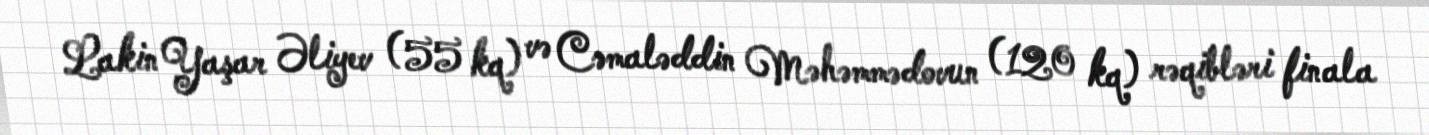
Lakin Yaşar Əliyev (55 kq) və Cəmaləddin Məhəmmədovun (120 kq) rəqibləri finala